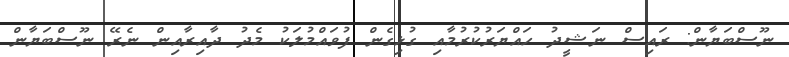
ނޫސްބަޔާން: ރައިސް ނަޝީދު ހައްޔަރުކުރުމާއި ގުޅިގެން ފުވައްމުލަކު މެދު ދާއިރާއިން ނެރޭ ނޫސްބަޔާން